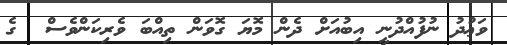
ވަޢުދު ނުފުއްދުނީ އިބުއަށް ދެން މޮޔަ ގޮވަން ތިއްބަ ވެރިކަންވެސް  ގެ